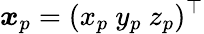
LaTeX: \boldsymbol{x}_{p}=(x_{p}\ y_{p}\ z_{p})^{\top}